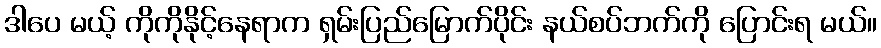
ဒါပေ မယ့် ကိုကိုနိုင့်နေရာက ရှမ်းပြည်မြောက်ပိုင်း နယ်စပ်ဘက်ကို ပြောင်းရ မယ်။